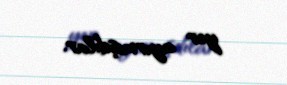
yer ayırmışdılar.